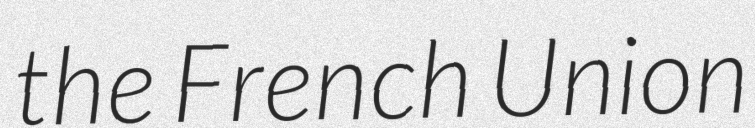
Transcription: the French Union